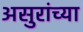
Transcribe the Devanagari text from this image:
असुरांच्या